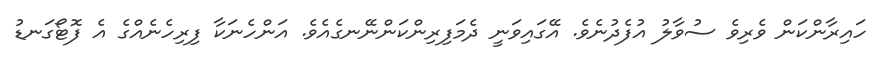
ހައިރާންކަން ވެރިވެ ސުވާލު އުފެދުނެވެ. އޭގައިވަނީ ދެމަފިރިންކަންނޭނގެއެވެ. އަންހެނަކާ ފިރިހެނެއްގެ އެ ފޮޓޯގަނޑު